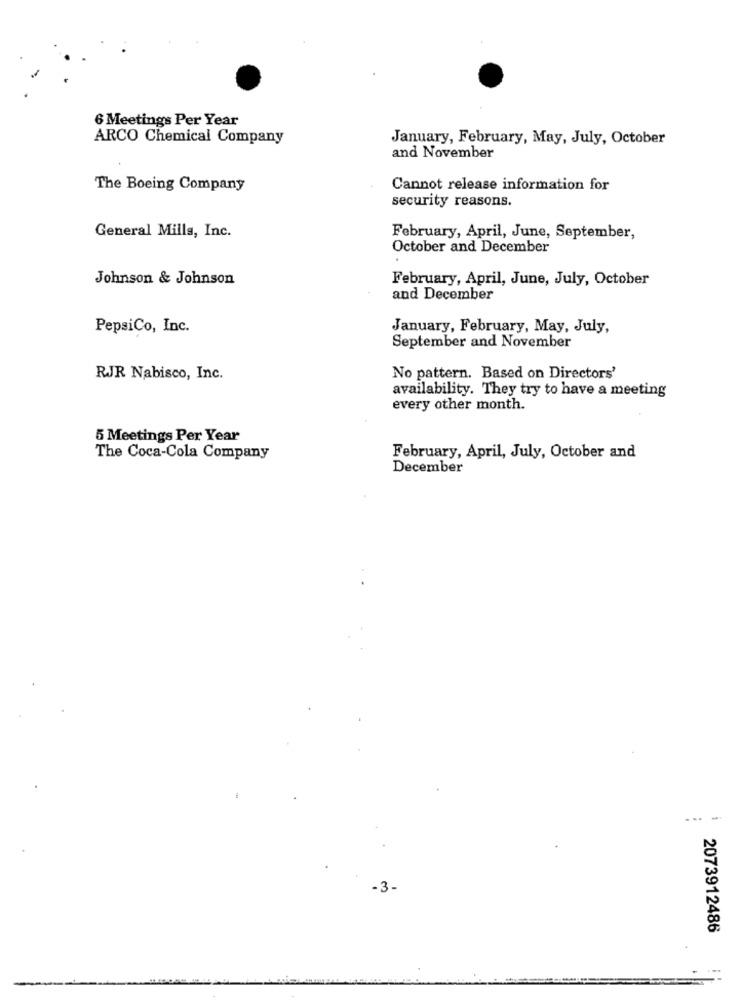
6 Meetings Per Year
ARCO Chemical Company
January, February, May, July, October
and November
The Boeing Company
Cannot release information for
security reasons.
General Mills, Inc.
February, April, June, September,
October and December
Johnson & Johnson
February, April, June, July, October
and December
PepsiCo, Inc.
January, February, May, July,
September and November
RJR Nabisco, Inc.
No pattern. Based on Directors'
availability. They try to have a meeting
every other month.
5 Meetings Per Year
The Coca-Cola Company
February, April, July, October and
December
...-
-3-
2073912486